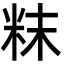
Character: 粖